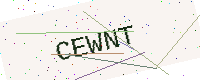
Text: CEWNT